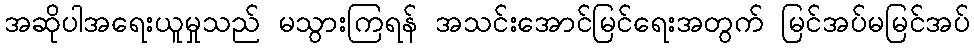
အဆိုပါအရေးယူမှုသည် မသွားကြရန် အသင်းအောင်မြင်ရေးအတွက် မြင်အပ်မမြင်အပ်